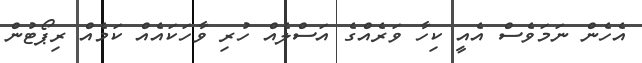
އެހެން ނަމަވެސް އެއީ ކިހާ ވަރެއްގެ އަސްލެއް ހުރި ވާހަކައެއް ކަމެއް ރިޕޯޓުން